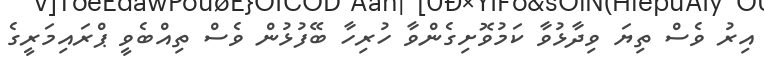
އިރު ވެސް ތިޔަ ވިދާޅުވާ ކަމުވޮށިގެންވާ ހުރިހާ ބޭފުޅުން ވެސް ތިއްބެވީ ޕްރައިމަރީގެ